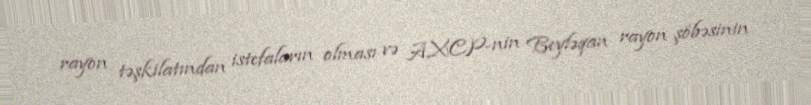
rayon təşkilatından istefaların olması və AXCP-nin Beyləqan rayon şöbəsinin